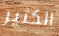
الكثير